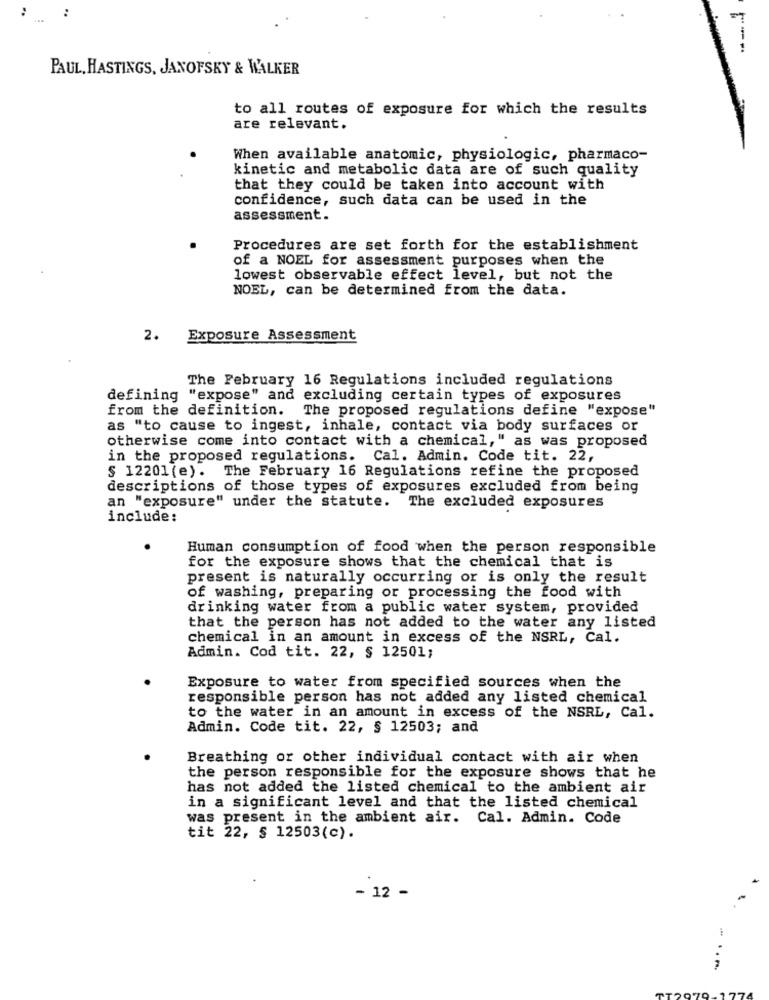
:
:
PAUL, HASTINGS, JANOFSKY & WALKER
to all routes of exposure for which the results
are relevant.
When available anatomic, physiologic, pharmaco-
kinetic and metabolic data are of such quality
that they could be taken into account with
confidence, such data can be used in the
assessment.
Procedures are set forth for the establishment
of a NOEL for assessment purposes when the
lowest observable effect level, but not the
NOEL, can be determined from the data.
2.
Exposure Assessment
The February 16 Regulations included regulations
defining "expose" and excluding certain types of exposures
from the definition. The proposed regulations define "expose"
as "to cause to ingest, inhale, contact via body surfaces or
otherwise come into contact with a chemical," as was proposed
in the proposed regulations. Cal. Admin. Code tit. 22,
§ 12201 (e). The February 16 Regulations refine the proposed
descriptions of those types of exposures excluded from being
an "exposure" under the statute. The excluded exposures
include:
Human consumption of food when the person responsible
for the exposure shows that the chemical that is
present is naturally occurring or is only the result
of washing, preparing or processing the food with
drinking water from a public water system, provided
that the person has not added to the water any listed
chemical in an amount in excess of the NSRL, Cal.
Admin. Cod tit. 22, § 12501;
Exposure to water from specified sources when the
responsible person has not added any listed chemical
to the water in an amount in excess of the NSRL, Cal.
Admin. Code tit. 22, § 12503; and
Breathing or other individual contact with air when
the person responsible for the exposure shows that he
has not added the listed chemical to the ambient air
in a significant level and that the listed chemical
was present in the ambient air. Cal. Admin. Code
tit 22, § 12503(c).
- 12 -
......